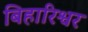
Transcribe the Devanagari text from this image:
बिहारिश्वर